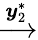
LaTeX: \xrightarrow{\boldsymbol{y}_{2}^{*}}